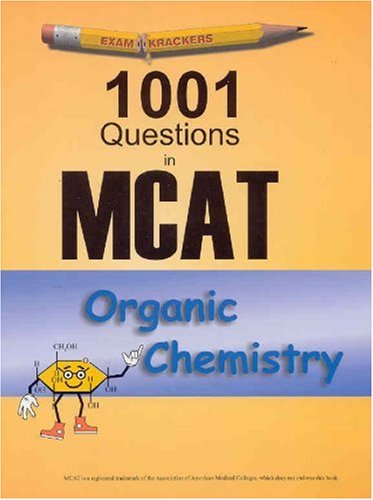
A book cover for Examkrackers: 1001 Questions in MCAT, Organic Chemistry; Michelle Gilbertson; Test Preparation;